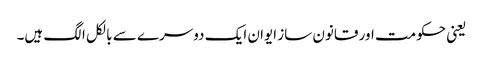
یعنی حکومت اور قانون ساز ایوان ایک دوسرے سے بالکل الگ ہیں۔